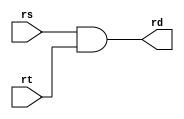
module and_32bit (rd, rs, rt);

input [31:0] rs, rt;
output [31:0] rd;

assign rd = rs & rt;
endmodule